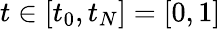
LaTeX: t\in[t_{0},t_{N}]=[0,1]